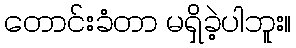
တောင်းခံတာ မရှိခဲ့ပါဘူး။